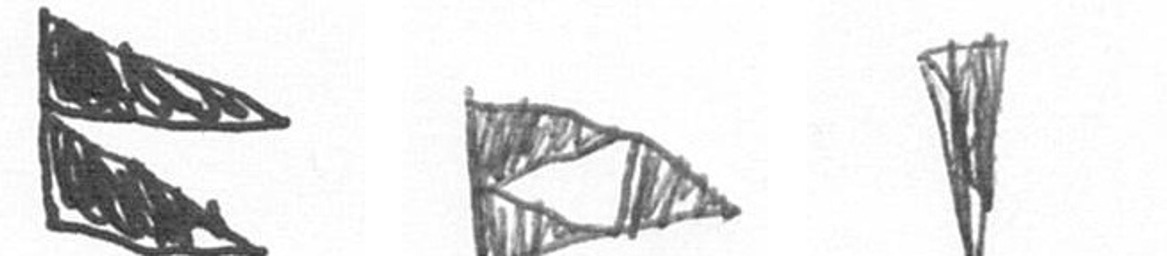
P K J